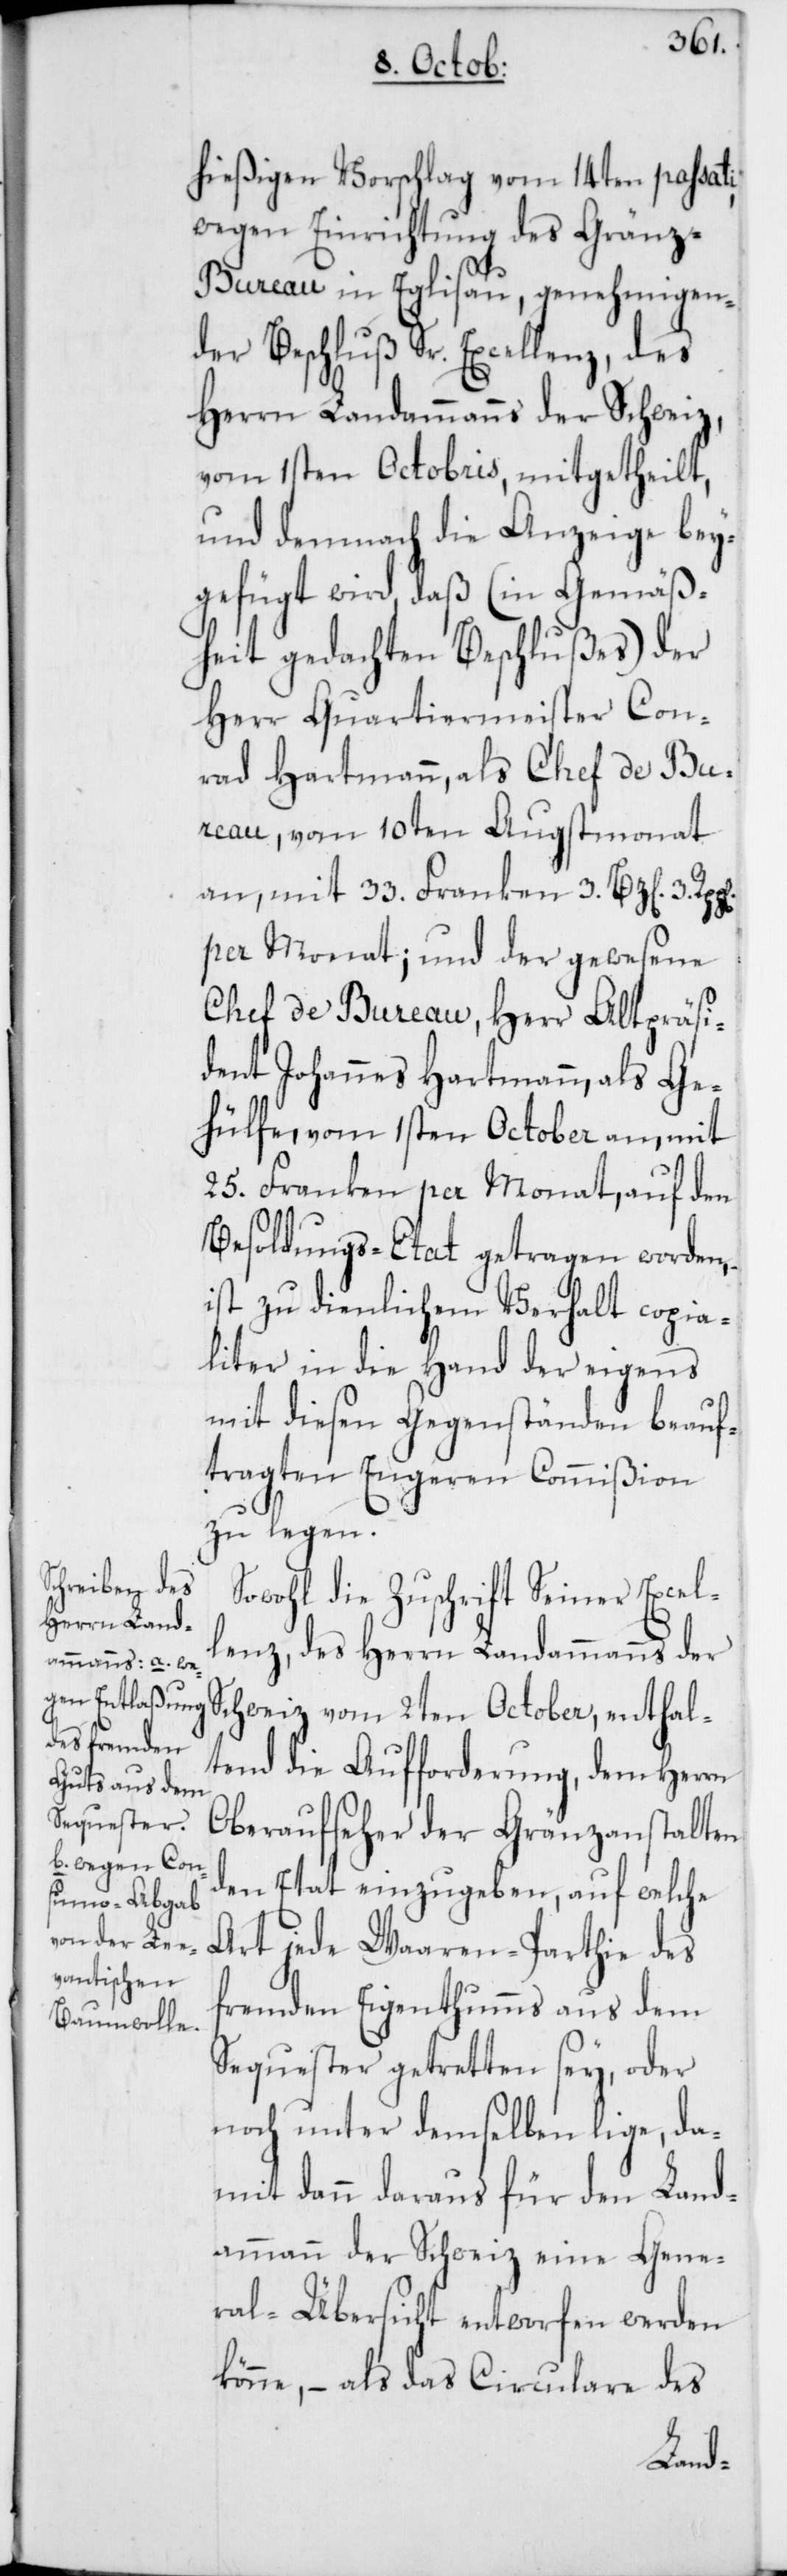
hießigen Vorschlag vom 14ten passati,
wegen Einrichtung des Gränz-B¬
ureau in Eglisau, genehmigen¬
der Beschluß Sr. Excellenz, des
Herrn Landammanns der Schweiz,
vom 1sten Octobris, mitgetheilt,
und demnach die Anzeige bey¬
gefügt wird, daß (in Gemäß¬
heit gedachten Beschlußes) der
Herr Quartiermeister Con¬
rad Hartmann, als Chef de Bur¬
eau, vom 10ten Augstmonat
an, mit 33. Franken 3. Bz[en]. 3.
per Monat; und der gewesene
Chef de Bureau, Herr Altpräsi¬
dent Johannes Hartmann, als Ge¬
hülfe vom 1sten October an, mit
25. Franken per Monat, auf den
Besoldungs-Etat getragen worden,
ist zu dienlichem Verhalt copia¬
liter in die Hand der eigens
mit diesen Gegenständen beauf¬
tragten Engeren Commißion
zu legen.
Sowohl die Zuschrift Seiner Excel¬
lenz, des Herrn Landammanns der
Schweiz vom 2ten October, enthal¬
tend die Aufforderung, dem Herrn
Oberaufseher der Gränzanstalten
den Etat einzugeben, auf welche
Art jede Waaren-Parthie des
fremden Eigenthums aus dem
Sequester getretten sey, oder
noch unter demselben lige, da¬
mit dann daraus für den Land¬
ammann der Schweiz eine Gene¬
ral-Übersicht entworfen werden
könne, – als das Circulare des